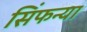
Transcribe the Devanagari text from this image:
सिंफन्या